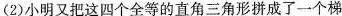
(2)小明又把这四个全等的直角三角形拼成了一一个梯